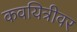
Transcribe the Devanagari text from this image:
कवयित्रीवर